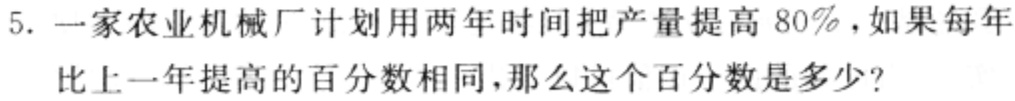
5. 一家农业机械厂计划用两年时间把产量提高 80%，如果每年比上一年提高的百分数相同，那么这个百分数是多少？